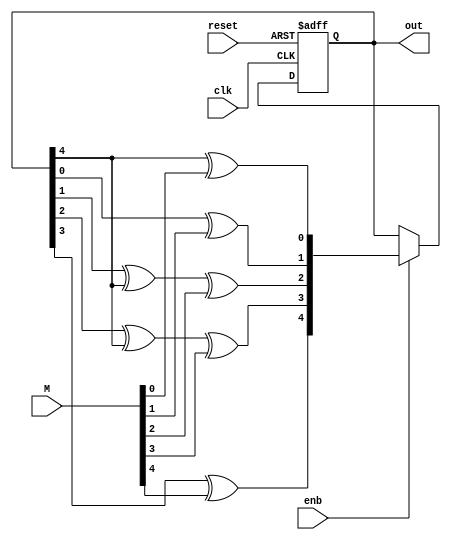
module bit_10to5_misr (out, M, enb, clk, reset);

    output reg[4:0] out;
    input enb, clk, reset;
    input [4:0] M;

    wire feed_back1, feed_back2, feed_back3, feed_back4, feed_back5;


    assign feed_back1 = (out[4] ^ M[0]);
    assign feed_back2 = (out[0] ^ M[1]);
    assign feed_back3 = (out[1] ^ out[4] ^ M[2]);
    assign feed_back4 = (out[2] ^ out[4] ^ M[3]);
    assign feed_back5 = (out[3] ^ M[4]);

    always @(posedge clk or negedge reset) 
    begin
        if (!reset)
        begin
            out <= 5'b0 ;
        end
        else if (enb)
        begin
            out <= {feed_back5,feed_back4,feed_back3,feed_back2,feed_back1};
        end
   
    end
     
endmodule